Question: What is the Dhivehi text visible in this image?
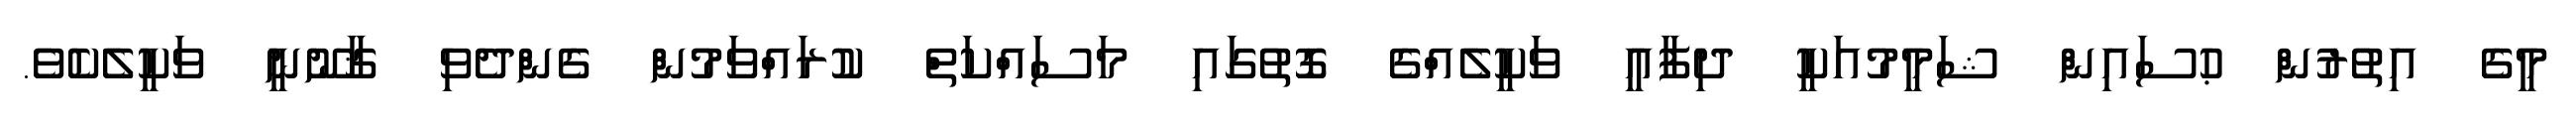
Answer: މީގެ އިތުރުން ޙުސައިން ޝަމީމުއަކީ ދިފާއީ ވަކީލެއްގެ ގޮތުގައި މަސައްކަތް ކުރައްވަމުން ގެންދެވި ޤާނޫނީ ވަކީލެކެވެ.